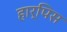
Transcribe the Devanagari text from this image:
हार्पिस